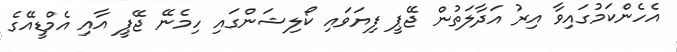
އެހެންކަމުގައިވާ އިރު އަދާލަތުން ޖޭޕީ ފިޔަވައި ކޯލިޝަންގައި ހިމެނޭ ޖޭޕީ އާއި އެމްޑީއޭގެ